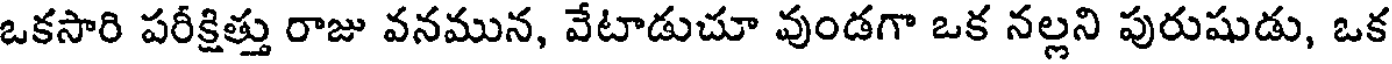
ఒకసారి పరీక్షిత్తు రాజు వనమున, వేటాడుచూ వుండగా ఒక నల్లని పురుషుడు, ఒక